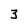
Character: 3